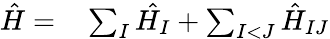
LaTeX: \begin{array}{rl}{\hat{H}=}&{{}\sum_{I}\hat{H_{I}}+\sum_{I<J}\hat{H}_{IJ}}\end{array}